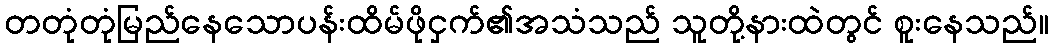
တတုံတုံမြည်နေသောပန်းထိမ်ဖိုငှက်၏အသံသည် သူတို့နားထဲတွင် စူးနေသည်။